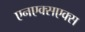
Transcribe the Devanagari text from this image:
एनएक्सएक्स